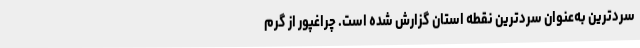
سردترین به‌عنوان سردترین نقطه استان گزارش شده است. چراغپور از گرم